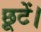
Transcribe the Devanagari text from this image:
छूटें।